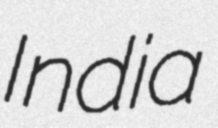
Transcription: India